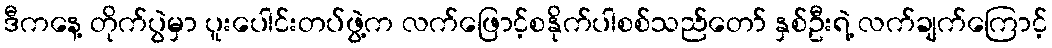
ဒီကနေ့ တိုက်ပွဲမှာ ပူးပေါင်းတပ်ဖွဲ့က လက်ဖြောင့်စနိုက်ပါစစ်သည်တော် နှစ်ဦးရဲ့ လက်ချက်ကြောင့်